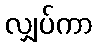
လျှပ်ကာ